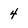
Character: 4